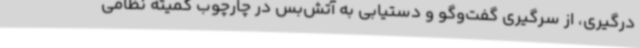
درگیری، از سرگیری گفت‌وگو و دستیابی به آتش‌بس در چارچوب کمیته نظامی